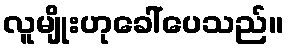
လူမျိုးဟုခေါ်ပေသည်။